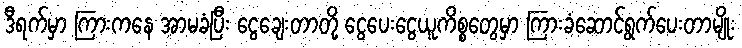
ဒီရက်မှာ ကြားကနေ အာမခံပြီး ငွေချေးတာတို့ ငွေပေးငွေယူကိစ္စတွေမှာ ကြားခံဆောင်ရွက်ပေးတာမျိုး